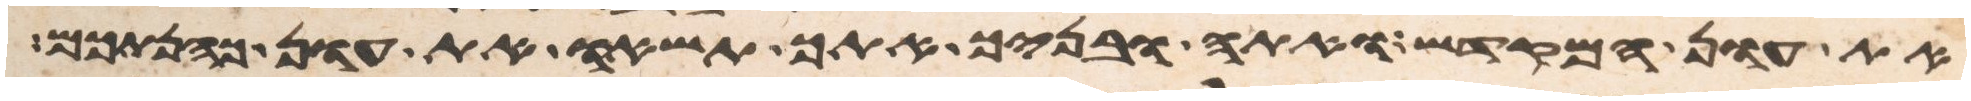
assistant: את עון המקדש ואתה ובניך אתך תשאו את עון כהנתכם